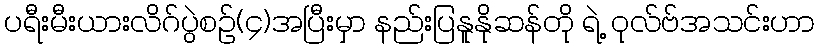
ပရီးမီးယားလိဂ်ပွဲစဉ်(၄)အပြီးမှာ နည်းပြနူနိုဆန်တို ရဲ့ ဝုလ်ဗ်အသင်းဟာ